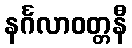
နင်္ဂလာဝတ္တနီ